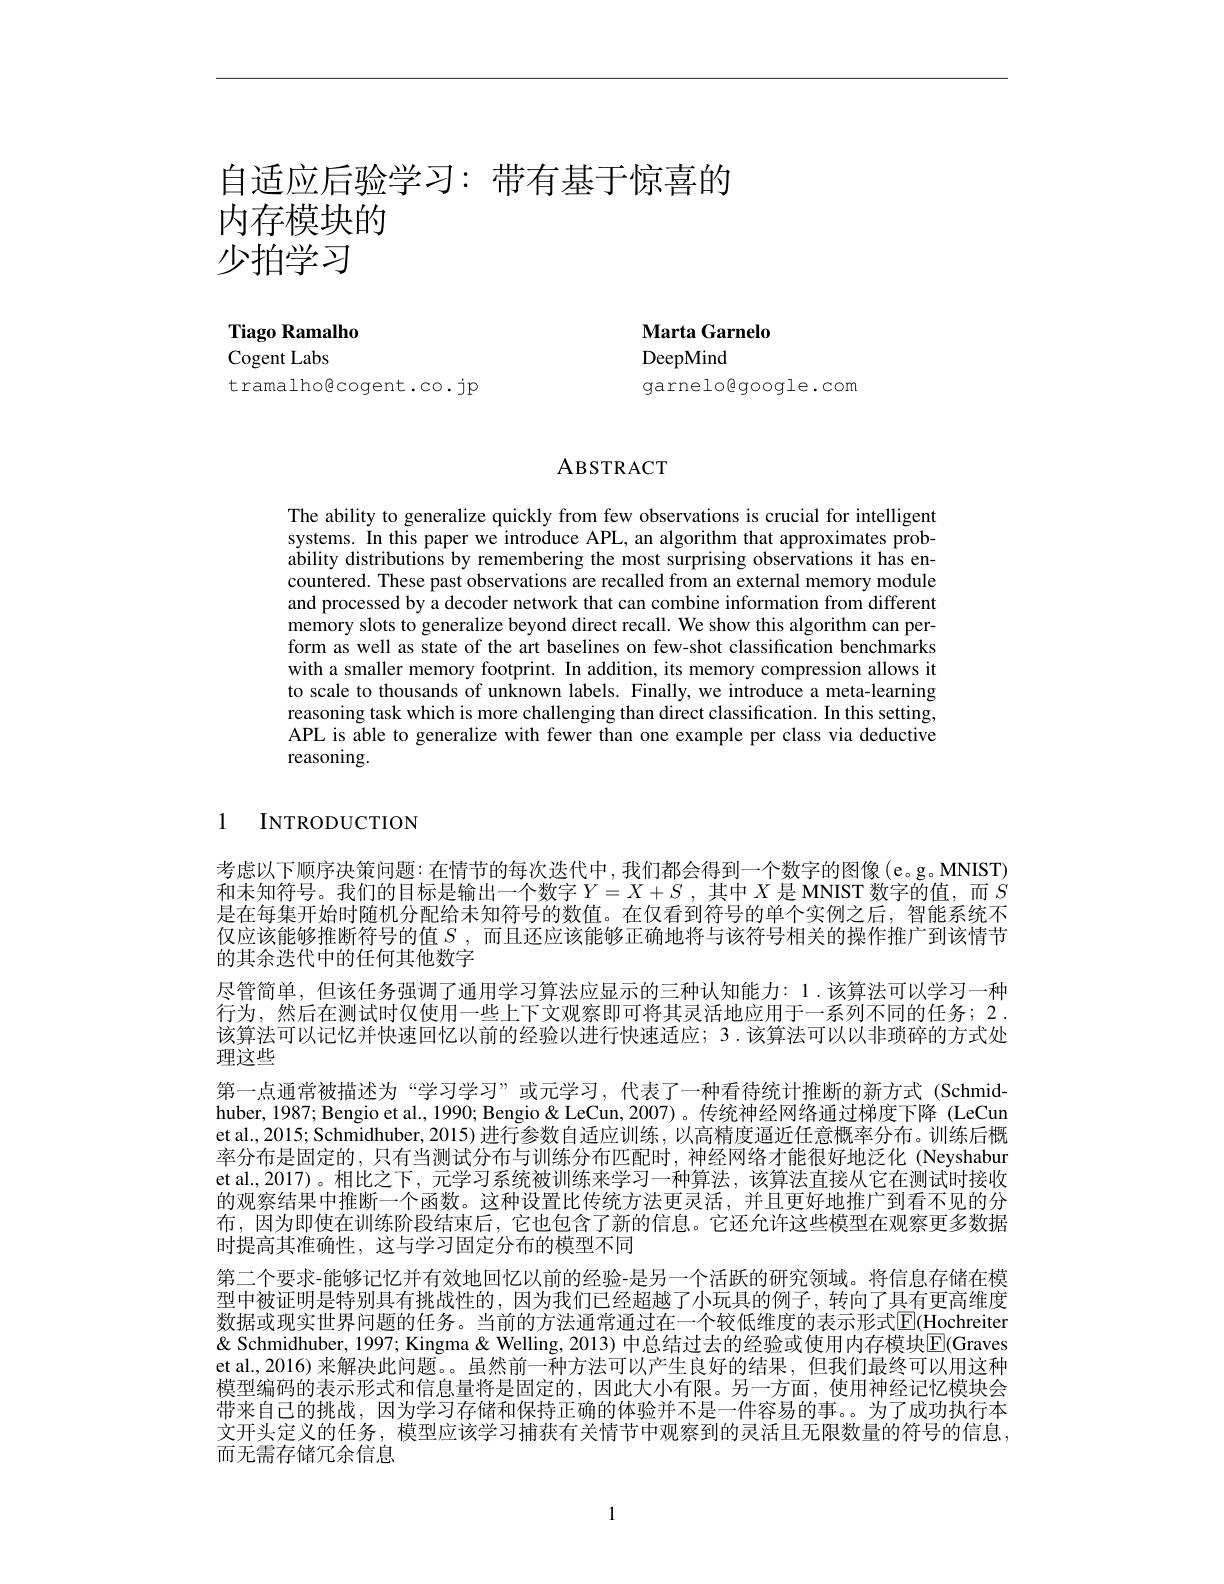
# 自适应后验学习：带有基于惊喜的内存模块的少拍学习

Tiago Ramalho
Cogent Labs

tramalhogcogent.co.jp

Marta Garnelo
DeepMind

garnelogoogle.com

ABSTRACT

The ability to generalize quickly from few observations is crucial for intelligent systems. In this paper we introduce APL, an algorithm that approximates probability distributions by remembering the most surprising observations it has encountered. These past observations are recalled from an external memory module and processed by a decoder network that can combine information from different memory slots to generalize beyond direct recall. We show this algorithm can perform as well as state of the art baselines on few-shot classification benchmarks with a smaller memory footprint. In addition, its memory compression allows it to scale to thousands of unknown labels. Finally, we introduce a meta-learning reasoning task which is more challenging than direct classification. In this setting, APL is able to generalize with fewer than one example per class via deductive reasoning.

1 INTRODUCTION

考虑以下顺序决策问题：在情节的每次迭代中，我们都会得到一个数字的图像(e。g。MNIST) 和未知符号。我们的目标是输出一个数字$Y=X+S$ ,其中$X$是 MNIST 数字的值，而$S$ 是在每集开始时随机分配给未知符号的数值。在仅看到符号的单个实例之后，智能系统不仅应该能够推断符号的值$S$,而且还应该能够正确地将与该符号相关的操作推广到该情节的其余迭代中的任何其他数字
尽管简单，但该任务强调了通用学习算法应显示的三种认知能力：1.该算法可以学习一种行为，然后在测试时仅使用一些上下文观察即可将其灵活地应用于一系列不同的任务；2. 该算法可以记忆并快速回忆以前的经验以进行快速适应；3.该算法可以以非琐碎的方式处理这些
第一点通常被描述为“学习学习”或元学习，代表了一种看待统计推断的新方式(Schmidhuber, 1987; Bengio et al., 1990; Bengio & LeCun, 2007)。传统神经网络通过梯度下降 (LeCun et al., 2015; Schmidhuber, 2015) 进行参数自适应训练，以高精度逼近任意概率分布。训练后概率分布是固定的，只有当测试分布与训练分布匹配时，神经网络才能很好地泛化 (Neyshabur et al.,2017)。相比之下，元学习系统被训练来学习一种算法，该算法直接从它在测试时接收的观察结果中推断一个函数。这种设置比传统方法更灵活，并且更好地推广到看不见的分布，因为即使在训练阶段结束后，它也包含了新的信息。它还允许这些模型在观察更多数据时提高其准确性，这与学习固定分布的模型不同
第二个要求-能够记忆并有效地回忆以前的经验-是另一个活跃的研究领域。将信息存储在模型中被证明是特别具有挑战性的，因为我们已经超越了小玩具的例子，转向了具有更高维度数据或现实世界问题的任务。当前的方法通常通过在一个较低维度的表示形式$\overline{\mathrm{E}}$(Hochreiter & Schmidhuber, 1997; Kingma & Welling, 2013) 中总结过去的经验或使用内存模块$\mathbb{E}($Graves et al., 2016) 来解决此问题。。虽然前一种方法可以产生良好的结果，但我们最终可以用这种模型编码的表示形式和信息量将是固定的，因此大小有限。另一方面，使用神经记忆模块会带来自己的挑战，因为学习存储和保持正确的体验并不是一件容易的事。为了成功执行本文开头定义的任务，模型应该学习捕获有关情节中观察到的灵活且无限数量的符号的信息， 而无需存储冗余信息

1